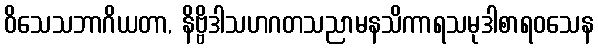
ဝိသေသဘာဂိယတာ, နိဗ္ဗိဒါသဟဂတသညာမနသိကာရသမုဒါစာရဝသေန